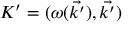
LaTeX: K ^ { \prime } = ( \omega ( { \vec { k ^ { \prime } } } ) , { \vec { k ^ { \prime } } } )